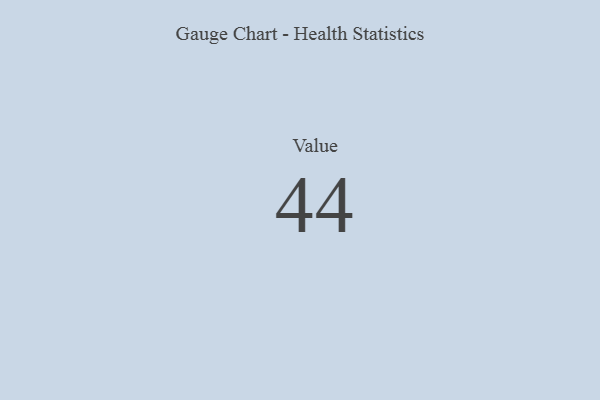
{"axis": {"x": "Metric", "y": "Value"}, "legend": [""], "data": [{"x": "Value", "y": 44, "type": ""}]}